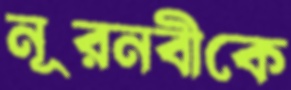
নূরনবীকে